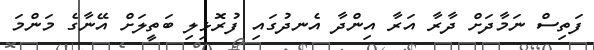
ފަތިސް ނަމާދަށް ދާރާ އަރާ އިންދާ އެނދުގައި ފުރޮޅިލި ބަތީލަށް އޭނާގެ މަންމަ